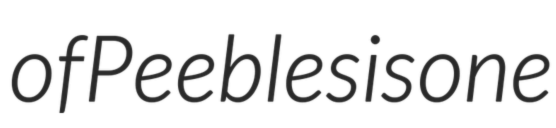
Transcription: of Peebles is one